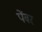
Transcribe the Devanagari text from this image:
पेंबर